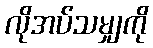
လိုအပ်သမျှကို